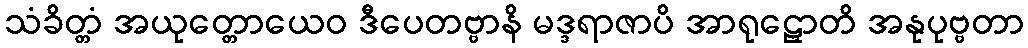
သံခိတ္တံ အယုတ္တောယေဝ ဒီပေတဗ္ဗာနိ မဒ္ဒရာဇာပိ အာရုဠှောတိ အနုပုဗ္ဗတာ